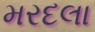
મરદલા